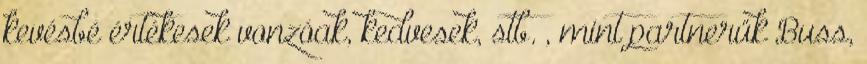
kevésbé értékesek vonzóak, kedvesek, stb. , mint partnerük Buss,